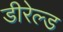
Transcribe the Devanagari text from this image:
डीरेल्ड